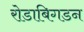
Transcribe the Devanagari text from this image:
रोडाबिगडन